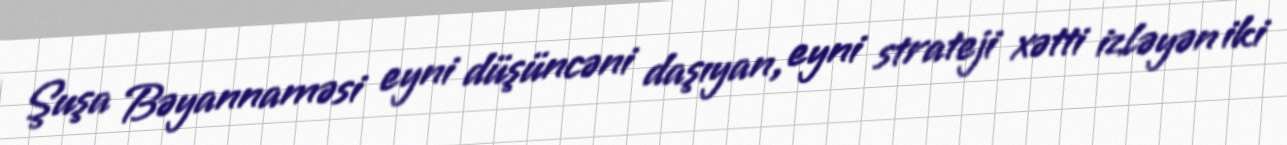
Şuşa Bəyannaməsi eyni düşüncəni daşıyan, eyni strateji xətti izləyən iki